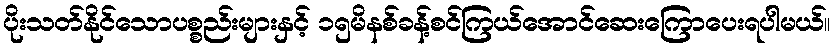
ပိုးသတ်နိုင်သောပစ္စည်းများနှင့် ၁၅မိနစ်ခန့်စင်ကြယ်အောင်ဆေးကြောပေးရပါမယ်။